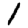
Digit: 1